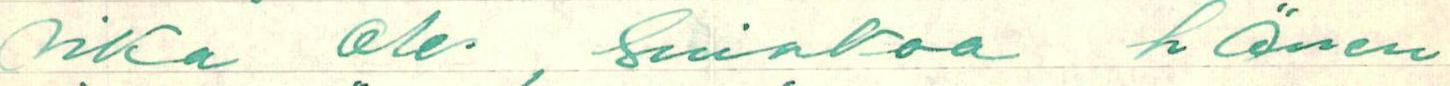
vika ole suinkaa hänen